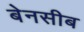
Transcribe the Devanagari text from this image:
बेनसीब